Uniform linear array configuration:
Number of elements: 32
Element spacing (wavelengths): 0.75
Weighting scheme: kaiser
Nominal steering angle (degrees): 30
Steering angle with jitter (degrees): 31.287
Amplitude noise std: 0.05
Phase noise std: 0.05

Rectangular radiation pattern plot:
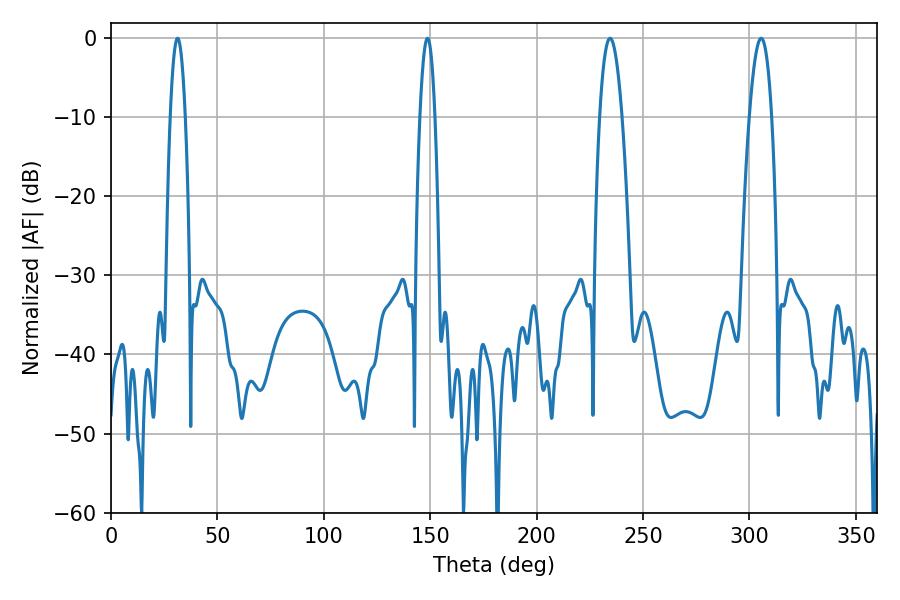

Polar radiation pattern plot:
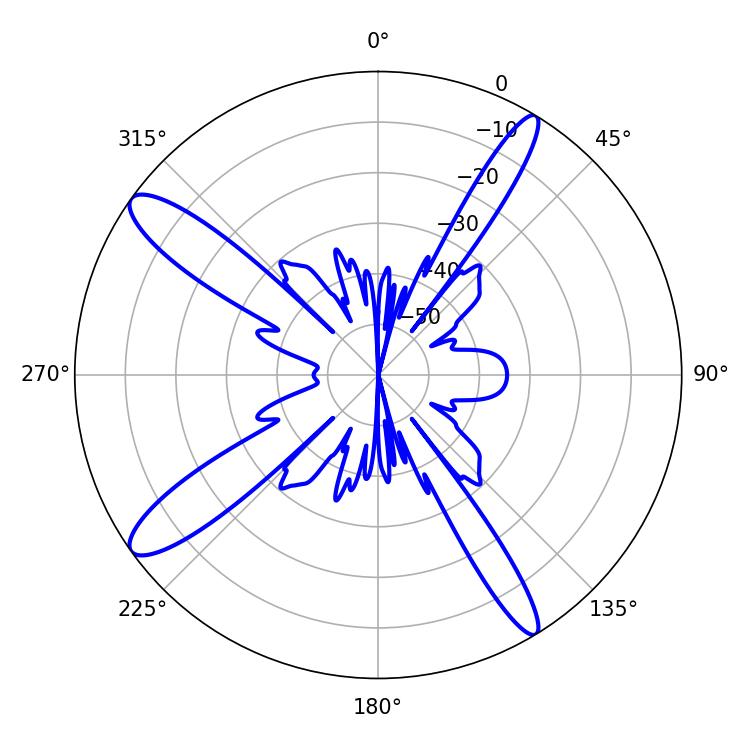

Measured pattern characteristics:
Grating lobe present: TRUE
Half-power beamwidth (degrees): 5.76
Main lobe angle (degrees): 305.46